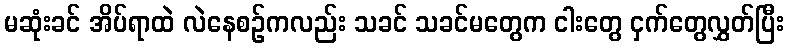
မဆုံးခင် အိပ်ရာထဲ လဲနေစဉ်ကလည်း သခင် သခင်မတွေက ငါးတွေ ငှက်တွေလွှတ်ပြီး